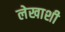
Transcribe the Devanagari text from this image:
लेखाशी